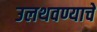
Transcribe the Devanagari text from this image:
उलथवण्याचे